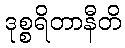
ဒုစ္စရိတာနီတိ